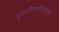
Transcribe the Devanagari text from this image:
पुरामौसमविज्ञानियों